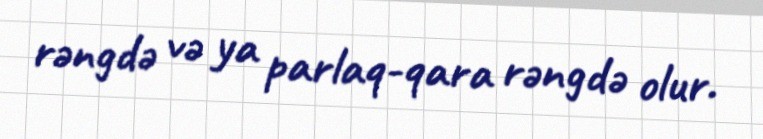
rəngdə və ya parlaq-qara rəngdə olur.